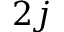
2 j